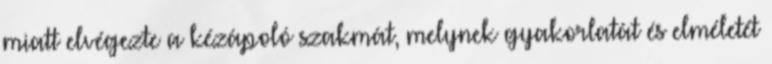
miatt elvégezte a kézápoló szakmát, melynek gyakorlatát és elméletét